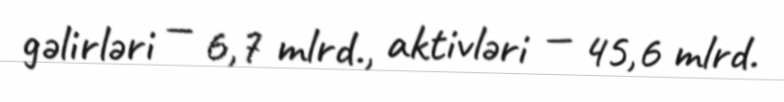
gəlirləri — 6,7 mlrd., aktivləri — 45,6 mlrd.